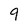
Character: q